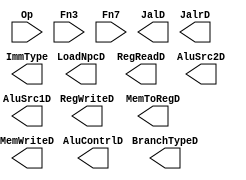
module ControlUnit(
    input wire [6:0] Op,
    input wire [2:0] Fn3,
    input wire [6:0] Fn7,
    output wire JalD,
    output wire JalrD,
    output reg [2:0] RegWriteD,
    output wire MemToRegD,
    output reg [3:0] MemWriteD,
    output wire LoadNpcD,
    output reg [1:0] RegReadD,
    output reg [2:0] BranchTypeD,
    output reg [3:0] AluContrlD,
    output wire [1:0] AluSrc2D,
    output wire AluSrc1D,
    output reg [2:0] ImmType        
    );
endmodule